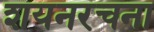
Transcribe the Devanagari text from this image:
शयनरचना